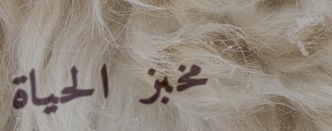
مخبز الحياة